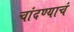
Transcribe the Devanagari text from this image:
चांदण्याचं